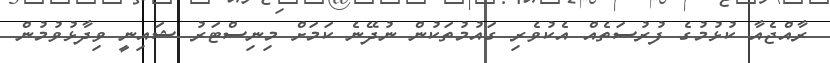
ރާއްޖެއާ ކުޅުމުގެ ފުރުސަތެއް އެކުވެރި ގައުމުތަކުން ނުދޭނެ ކަމަށް މިނިސްޓަރު ޝައިނީ ވިދާޅުވުމުން